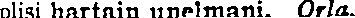
olisi hartain unelmani. Orla.